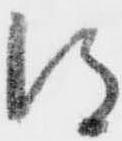
得